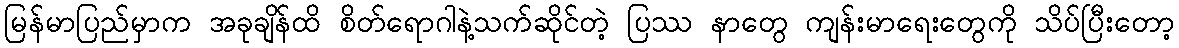
မြန်မာပြည်မှာက အခုချိန်ထိ စိတ်ရောဂါနဲ့သက်ဆိုင်တဲ့ ပြဿ နာတွေ ကျန်းမာရေးတွေကို သိပ်ပြီးတော့